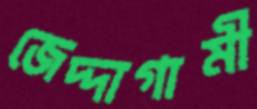
জেদ্দাগামী